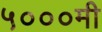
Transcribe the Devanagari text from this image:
५०००मी